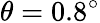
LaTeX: \theta=0.8^{\circ}